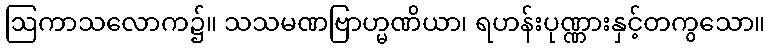
ဩကာသလောက၌။ သသမဏဗြာဟ္မဏိယာ၊ ရဟန်းပုဏ္ဏားနှင့်တကွသော။